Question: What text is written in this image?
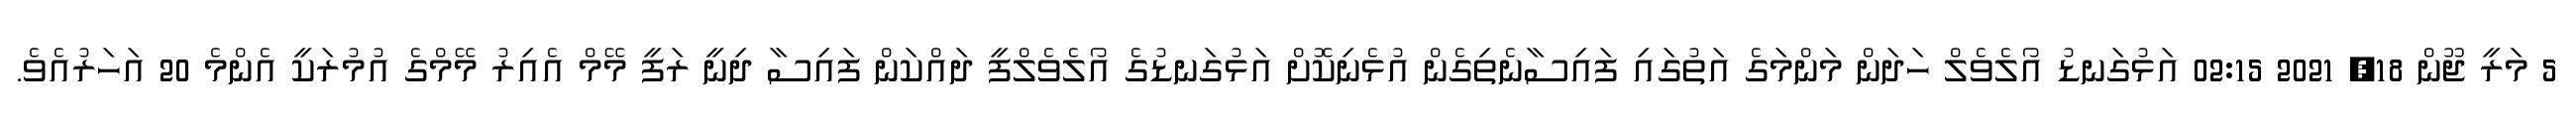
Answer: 5 މަރީ ޖޫން 18, 2021 02:15 އަޅުގަނޑު އޯލެވެލް ހަދަން މަންމަގެ އަތުގައި ފައިސާނެތިގެން އުޅެނިކޮށް އަޅުގަނޑުގެ އޯލެވެލްފީ ދައްކަން ފައިސާ ދިނީ ރަފީ މޭމް އެއިރު މޭމްގެ އުމުރަކީ އެންމެ 20 އަހަރުއެވެ.